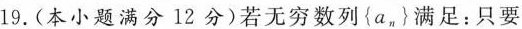
19. (本小题满分12分)若无穷数列a_{n} 满足：只要